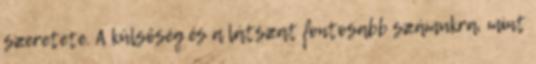
szeretete. A külsőség és a látszat fontosabb számukra, mint